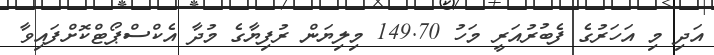
އަދި މި އަހަރުގެ ފެބުރުއަރީ މަހު 149.70 މިލިޔަން ރުފިޔާގެ މުދާ އެކްސްޕޯޓްކޮށްފައިވާ